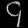
Digit: ၄